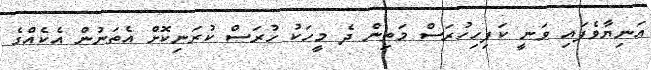
އަނިޔާވެފައި ވަނީ ކަފިހިހުރަސް މަތިން ދެ މީހަކު ހުރަސް ކުރަނިކޮށް އެތަނުން އެކެއްގެ